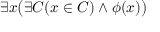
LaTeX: \exists x { \bigl ( } \exists C ( x \in C ) \land \phi ( x ) { \bigr ) }